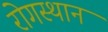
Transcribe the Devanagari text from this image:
रोगस्थान